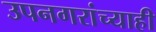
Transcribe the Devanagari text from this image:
उपनगरांच्याही